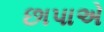
છાપાએ